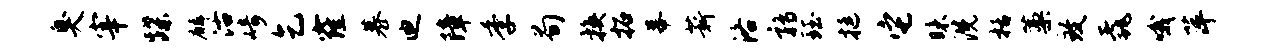
臭宰蹀麟沽崎乞窿慕迪障季荀换拓幕薪洛鹑珏挺它昧洗栝藁致毳哦萍